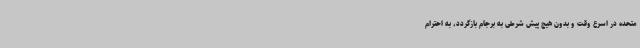
متحده در اسرع وقت و بدون هیچ پیش شرطی به برجام بازگردد، به احترام